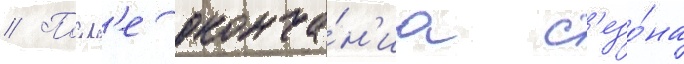
// Посл'е оконча́н'иа с'езо́на